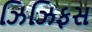
ઝિઝિફસ